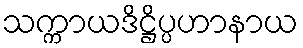
သက္ကာယဒိဋ္ဌိပ္ပဟာနာယ